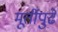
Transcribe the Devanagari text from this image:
मूर्तीपुढे